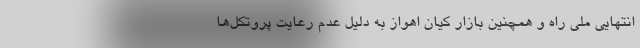
انتهایی ملی راه و همچنین بازار کیان اهواز به دلیل عدم رعایت پروتکل‌ها